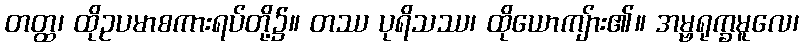
တတ္ထ၊ ထိုဥပမာစကားရပ်တို့၌။ တဿ ပုရိသဿ၊ ထိုယောကျ်ား၏။ အမ္ဗရုက္ခမူလေ၊